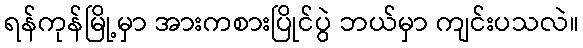
ရန်ကုန်မြို့မှာ အားကစားပြိုင်ပွဲ ဘယ်မှာ ကျင်းပသလဲ။